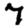
Digit: 7